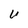
Character: U